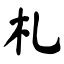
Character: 札